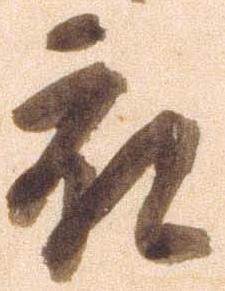
被